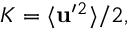
K = \langle { { \bf { u } } ^ { \prime } { } ^ { 2 } } \rangle / 2 ,